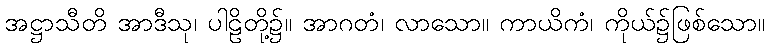
အဋ္ဌာသီတိ အာဒီသု၊ ပါဠိတို့၌။ အာဂတံ၊ လာသော။ ကာယိကံ၊ ကိုယ်၌ဖြစ်သော။